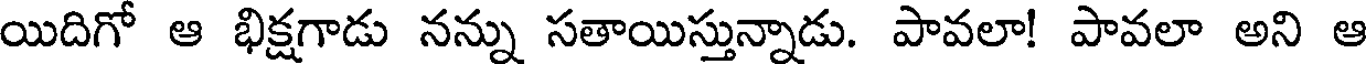
యిదిగో ఆ భిక్షగాడు నన్ను సతాయిస్తున్నాడు. పావలా! పావలా అని ఆ